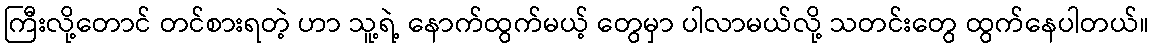
ကြီးလို့တောင် တင်စားရတဲ့ ဟာ သူ့ရဲ့ နောက်ထွက်မယ့် တွေမှာ ပါလာမယ်လို့ သတင်းတွေ ထွက်နေပါတယ်။